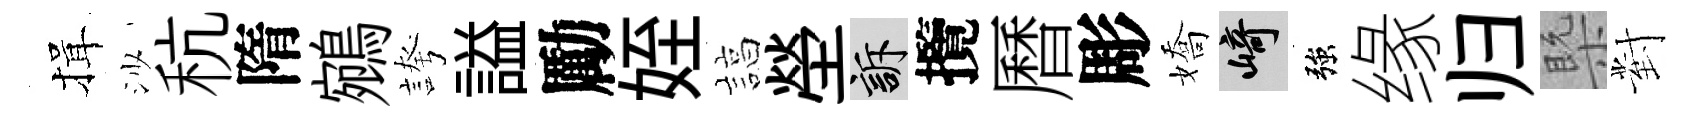
揖沙秔隋鵷誇謚勵姪諄塋訴攬曆彫嬌崎強缘归槩對